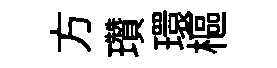
方瓚環樞